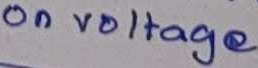
Text: on voltage